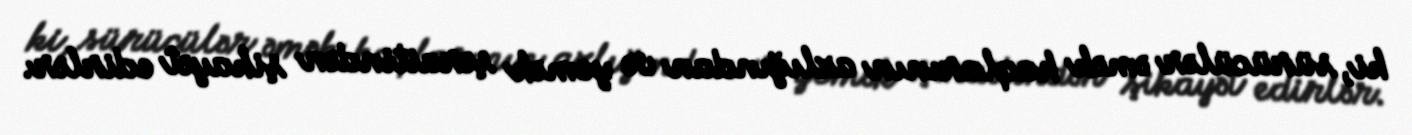
ki, sürücülər əmək haqlarının azlığından və yemək şəraitindən şikayət edirlər.